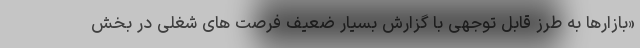
«بازارها به طرز قابل توجهی با گزارش بسیار ضعیف فرصت های شغلی در بخش